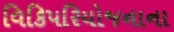
વિકિપરિયોજનાના